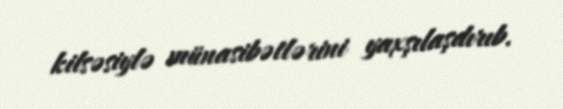
kilsəsiylə münasibətlərini yaxşılaşdırıb.